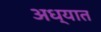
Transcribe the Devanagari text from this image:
अध्यात